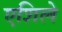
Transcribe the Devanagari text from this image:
एशिले